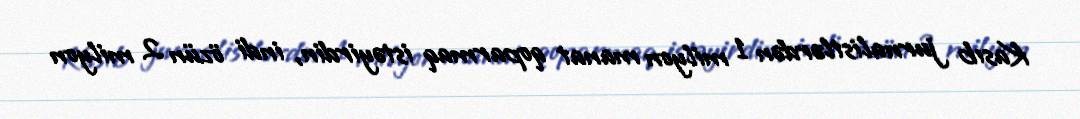
Kasıb jurnalistlərdən 1 milyon manat qoparmaq istəyirdin, indi özün 2 milyon